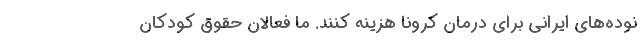
نوده‌های ایرانی برای درمان کرونا هزینه کنند. ما فعالان حقوق کودکان